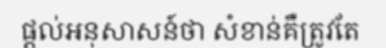
ផ្តល់អនុសាសន៍ថា សំខាន់គឺត្រូវតែ